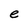
Character: e